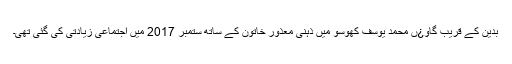
بدین کے قریب گاو¿ں محمد یوسف کھوسو میں ذہنی معذور خاتون کے ساتھ ستمبر 2017 میں اجتماعی زیادتی کی گئی تھی۔